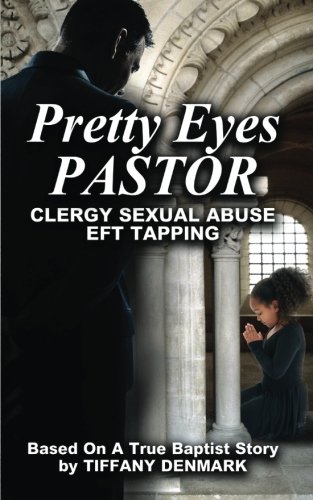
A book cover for Pretty Eyes Pastor: Clergy Sexual Abuse, EFT Tapping; Tiffany Denmark; Law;